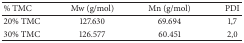
<table><thead><tr><td><b>% TMC</b></td><td><b>Mw (g/mol)</b></td><td><b>Mn (g/mol)</b></td><td><b>PDI</b></td></tr></thead><tbody><tr><td>20% TMC</td><td>127.630</td><td>69.694</td><td>1,7</td></tr><tr><td>30% TMC</td><td>126.577</td><td>60.451</td><td>2,0</td></tr></tbody></table>